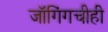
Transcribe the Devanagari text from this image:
जॉगिंगचीही